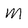
Character: M